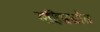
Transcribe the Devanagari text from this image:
महिम्नस्त्रोत